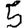
Digit: 5